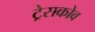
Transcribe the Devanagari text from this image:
ट्रेसकोव